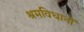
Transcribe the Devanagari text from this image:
श्रमविधानों